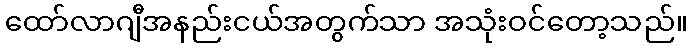
ထော်လာဂျီအနည်းငယ်အတွက်သာ အသုံးဝင်တော့သည်။